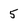
Character: 5